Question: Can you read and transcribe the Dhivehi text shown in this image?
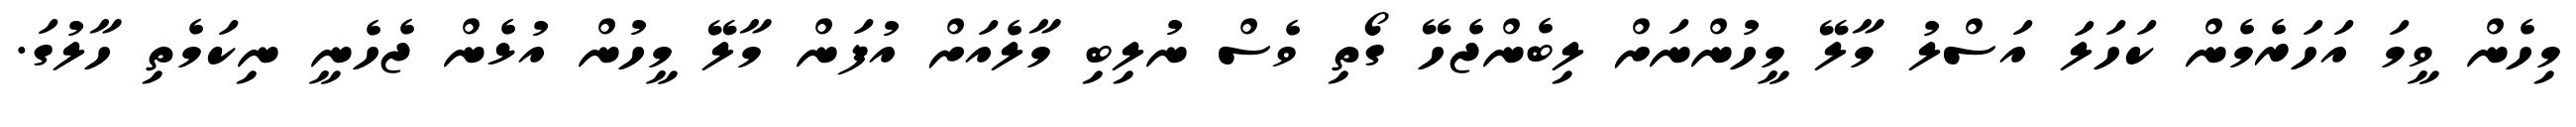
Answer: މިހެން ވީމަ އަހަރެމެން ކަހަލަ އަސްލު މާލޭ މީހުންނަށް ލިބެންޖެހޭ ގޯތި ވެސް ނުލިބި މާލެއަށް އުފަން މާލޭ މީހުން އުޅެން ޖެހެނީ ނިކަމެތި ހާލުގަ.